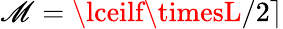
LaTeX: \mathscr{M}=\lceilf\timesL/2\rceil